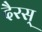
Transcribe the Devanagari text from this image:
दैरस्